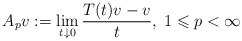
\begin{align*} A_p v := \lim_{t\downarrow 0}\frac{T(t)v-v}{t},\; 1\leqslant p<\infty\end{align*}